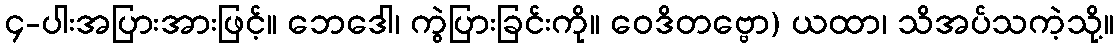
၄-ပါးအပြားအားဖြင့်။ ဘေဒေါ၊ ကွဲပြားခြင်းကို။ ဝေဒိတဗ္ဗော) ယထာ၊ သိအပ်သကဲ့သို့။